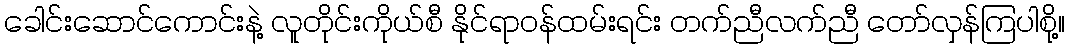
ခေါင်းဆောင်ကောင်းနဲ့ လူတိုင်းကိုယ်စီ နိုင်ရာဝန်ထမ်းရင်း တက်ညီလက်ညီ တော်လှန်ကြပါစို့။